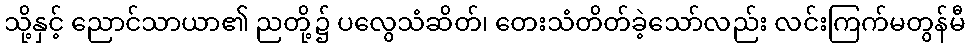
သို့နှင့် ညောင်သာယာ၏ ညတို့၌ ပလွေသံဆိတ်၊ တေးသံတိတ်ခဲ့သော်လည်း လင်းကြက်မတွန်မီ